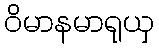
ဝိမာနမာရုယှ